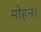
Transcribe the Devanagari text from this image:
मोहन।